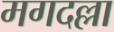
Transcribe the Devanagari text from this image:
मगदल्ला